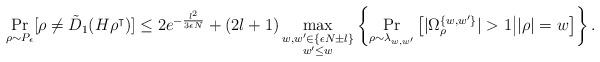
LaTeX: \begin{align*} \Pr_{\rho\sim P_\epsilon}[ \rho\neq \tilde{D}_{1}(H\rho^\intercal)] & \leq 2e^{-\frac{l^2}{3\epsilon N}}+(2l+1)\mathop{\max}_{\substack{w,w'\in\{\epsilon N\pm l\}\\w'\leq w}}\left\{\Pr_{\rho\sim \lambda_{w,w'}}\big[ |\Omega_\rho^{\{w,w'\}}|>1\big||\rho|=w \big]\right\}.\end{align*}